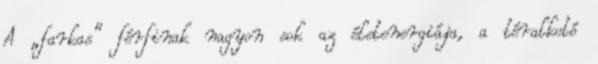
A „farkas” férfinak nagyon sok az életenergiája, a téralkotó